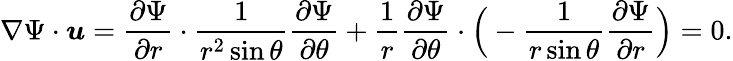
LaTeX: \nabla\Psi\cdot{\boldsymbol{u}}={\frac{\partial\Psi}{\partial r}}\cdot{\frac{1}{r^{2}\sin\theta}}{\frac{\partial\Psi}{\partial\theta}}+{\frac{1}{r}}{\frac{\partial\Psi}{\partial\theta}}\cdot{\Big(}-{\frac{1}{r\sin\theta}}{\frac{\partial\Psi}{\partial r}}{\Big)}=0.